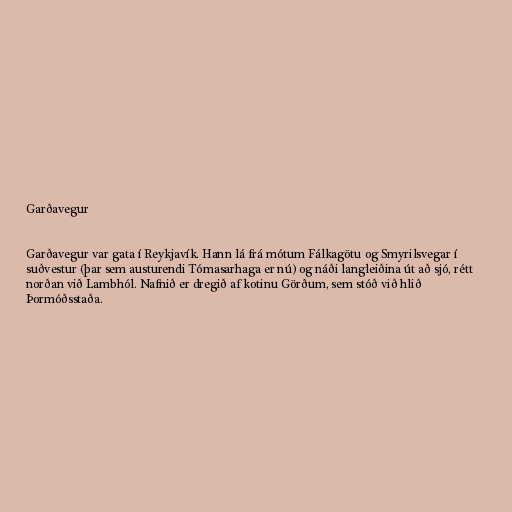
Garðavegur

Garðavegur var gata í Reykjavík. Hann lá frá mótum Fálkagötu og Smyrilsvegar í
suðvestur (þar sem austurendi Tómasarhaga er nú) og náði langleiðina út að sjó, rétt
norðan við Lambhól. Nafnið er dregið af kotinu Görðum, sem stóð við hlið
Þormóðsstaða.